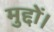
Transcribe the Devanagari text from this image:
मुद्दों।